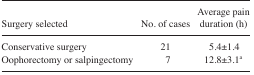
<table><thead><tr><td><b>Surgery selected</b></td><td><b>No. of cases</b></td><td><b>Average pain duration (h)</b></td></tr></thead><tbody><tr><td>Conservative surgery</td><td>21</td><td>5.4±1.4</td></tr><tr><td>Oophorectomy or salpingectomy</td><td>7</td><td>12.8±3.1<sup>a</sup></td></tr></tbody></table>